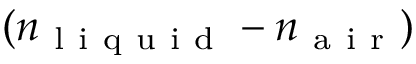
( n _ { \mathrm { ~ l ~ i ~ q ~ u ~ i ~ d ~ } } - n _ { \mathrm { ~ a ~ i ~ r ~ } } )